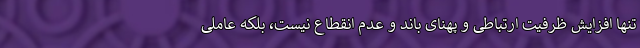
تنها افزایش ظرفیت ارتباطی و پهنای باند و عدم انقطاع نیست، بلکه عاملی